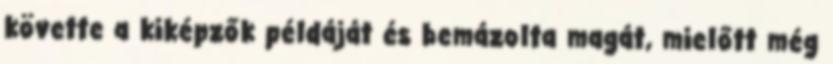
követte a kiképzők példáját és bemázolta magát, mielőtt még